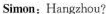
Simon:Hangzhou?